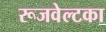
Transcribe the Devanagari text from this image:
रूजवेल्टका